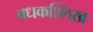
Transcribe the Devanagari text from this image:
बधकश्लिख